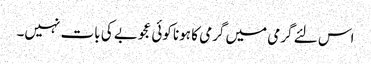
اس لئے گرمی میں گرمی کا ہونا کوئی عجوبے کی بات نہیں۔